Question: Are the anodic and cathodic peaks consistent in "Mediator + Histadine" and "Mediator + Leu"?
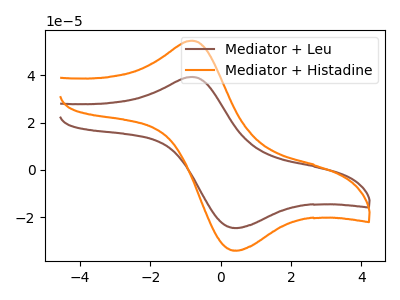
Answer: <think>The brown curve "Mediator + Leu" has an anodic peak at (-0.80V, 39.35uA) and a cathodic peak at (0.50V, -24.50uA). The orange curve "Mediator + Histadine" has an anodic peak at (-0.80V, 54.70uA) and a cathodic peak at (0.50V, -34.05uA).</think>
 <answer>Yes, "Mediator + Histadine" have a peak in "Mediator + Leu" at the same potential.</answer>
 <eval>match</eval>